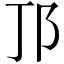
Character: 邒